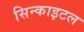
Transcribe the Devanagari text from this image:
सिन्काइटल